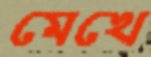
মেখে